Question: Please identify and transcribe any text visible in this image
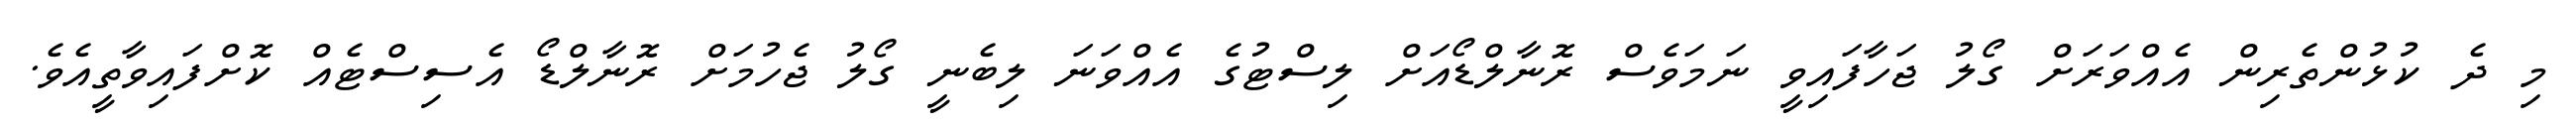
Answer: މި ދެ ކުޅުންތެރިން އެއްވަރަށް ގޯލު ޖަހާފައިވީ ނަމަވެސް ރޮނާލްޑޯއަށް ލިސްޓުގެ އެއްވަނަ ލިބެނީ ގޯލު ޖެހުމަށް ރޮނާލްޑޯ އެސިސްޓެއް ކޮށްފައިވާތީއެވެ.